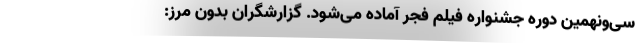
سی‌ونهمین دوره جشنواره فیلم فجر آماده می‌شود. گزارشگران بدون مرز: